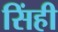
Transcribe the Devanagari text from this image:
सिंही